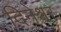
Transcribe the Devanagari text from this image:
दिनेश्वर